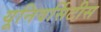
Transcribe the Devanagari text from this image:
यूनिवर्सिटीस